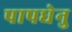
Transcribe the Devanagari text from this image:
पापधेनु